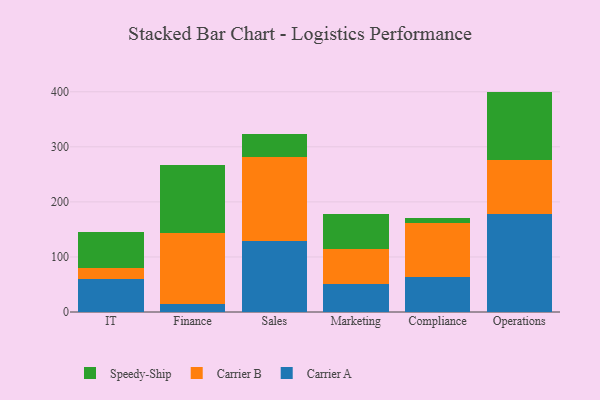
{"axis": {"x": "Department", "y": "Operating Costs (USD K)"}, "legend": ["Carrier A", "Carrier B", "Speedy-Ship"], "data": [{"x": "IT", "y": 59.4, "type": "Carrier A"}, {"x": "IT", "y": 21.3, "type": "Carrier B"}, {"x": "IT", "y": 64.0, "type": "Speedy-Ship"}, {"x": "Finance", "y": 14.0, "type": "Carrier A"}, {"x": "Finance", "y": 129.6, "type": "Carrier B"}, {"x": "Finance", "y": 122.6, "type": "Speedy-Ship"}, {"x": "Sales", "y": 128.1, "type": "Carrier A"}, {"x": "Sales", "y": 153.5, "type": "Carrier B"}, {"x": "Sales", "y": 41.8, "type": "Speedy-Ship"}, {"x": "Marketing", "y": 51.5, "type": "Carrier A"}, {"x": "Marketing", "y": 63.7, "type": "Carrier B"}, {"x": "Marketing", "y": 62.9, "type": "Speedy-Ship"}, {"x": "Compliance", "y": 63.9, "type": "Carrier A"}, {"x": "Compliance", "y": 98.0, "type": "Carrier B"}, {"x": "Compliance", "y": 9.5, "type": "Speedy-Ship"}, {"x": "Operations", "y": 178.2, "type": "Carrier A"}, {"x": "Operations", "y": 97.8, "type": "Carrier B"}, {"x": "Operations", "y": 124.3, "type": "Speedy-Ship"}]}